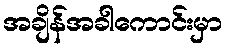
အချိန်အခါကောင်းမှာ